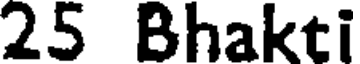
25 Bhakti